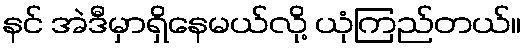
နင် အဲဒီမှာရှိနေမယ်လို့ ယုံကြည်တယ်။